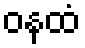
ဝနထံ